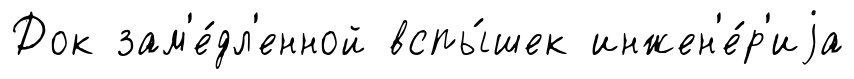
Док зам'е́дл'енной вспы́шек инжен'е́р'иjа